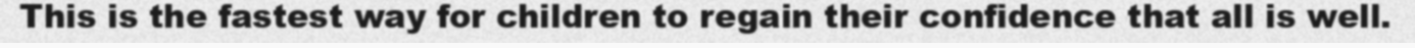
This is the fastest way for children to regain their confidence that all is well.